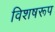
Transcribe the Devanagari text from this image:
विशषरूप